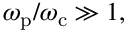
\omega _ { \mathrm { p } } / \omega _ { \mathrm { c } } \gg 1 ,